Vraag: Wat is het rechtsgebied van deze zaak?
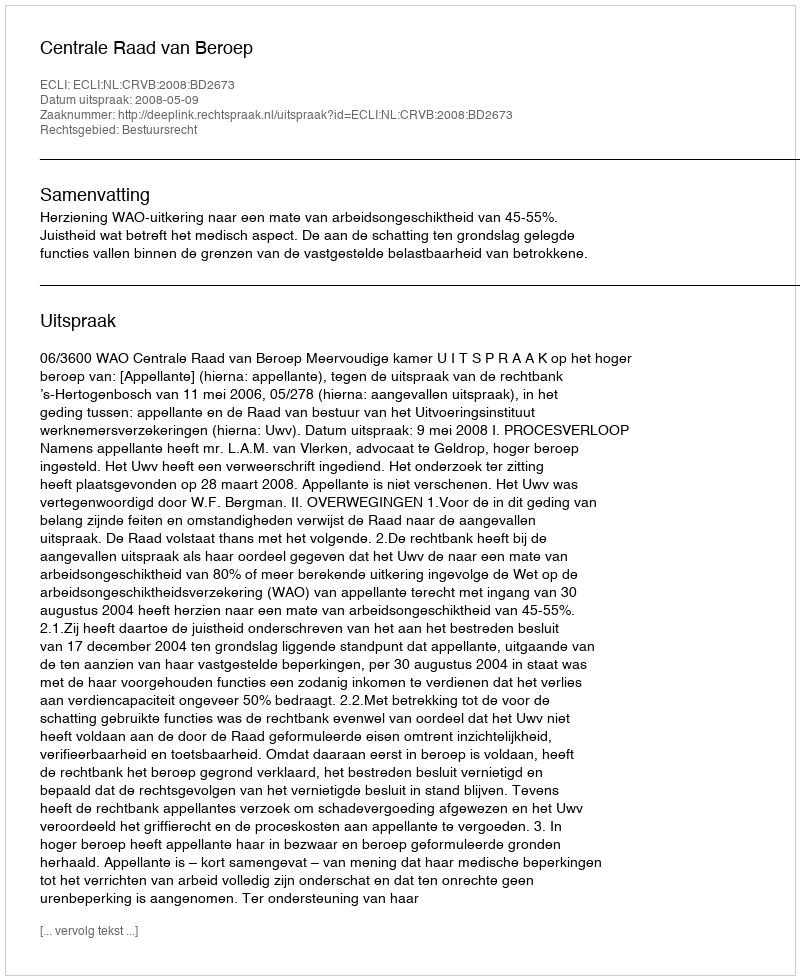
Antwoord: Bestuursrecht